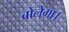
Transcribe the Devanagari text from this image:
बोलेगा।